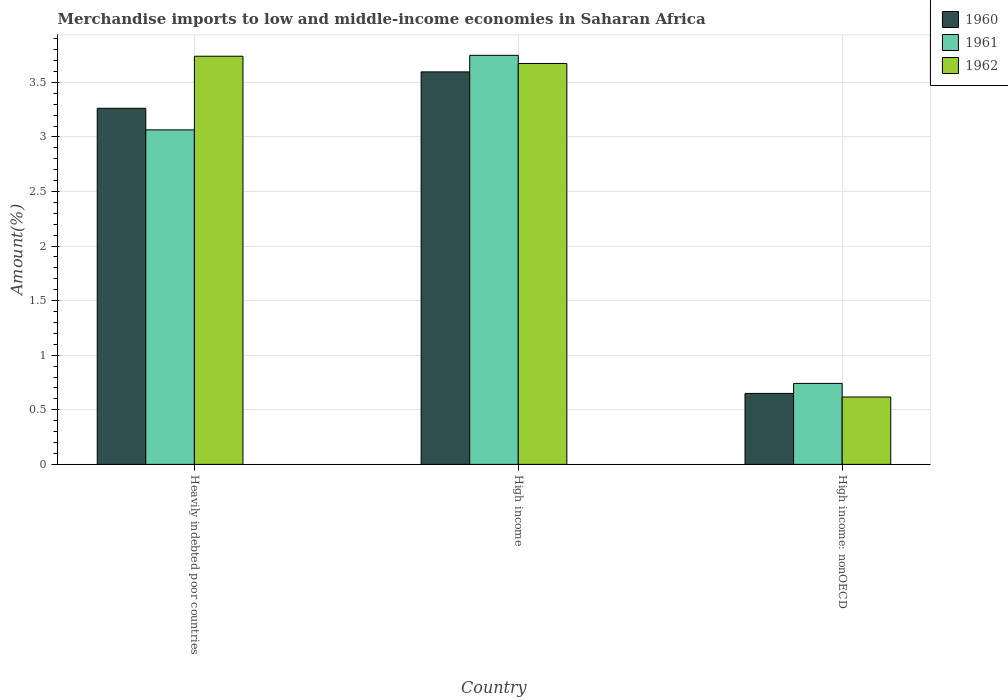
| Country | 1960 | 1961 | 1962 |
 | --- | --- | --- | --- |
 | Heavily indebted poor countries | 3.26 | 3.06 | 3.74 |
 | High income | 3.6 | 3.75 | 3.67 |
 | High income: nonOECD | 0.65 | 0.742 | 0.617 |